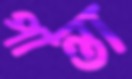
পান্তা